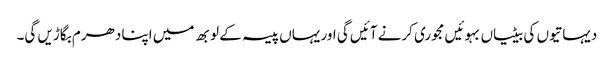
دیہاتیوں کی بیٹیاں بہوئیں مجوری کرنے آئیں گی اور یہاں پیسہ کے لوبھ میں اپنا دھرم بگاڑیں گی۔